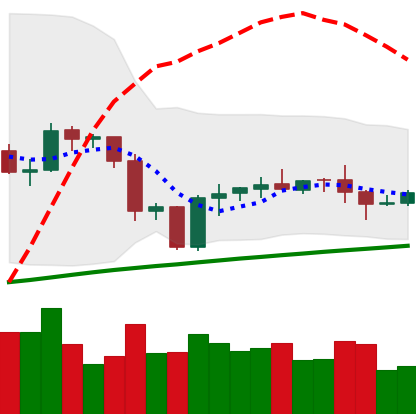
Ticker: ETH-USD
Chart end date: 2020-10-04
Forward return: 3.69%
Label: up_3_5